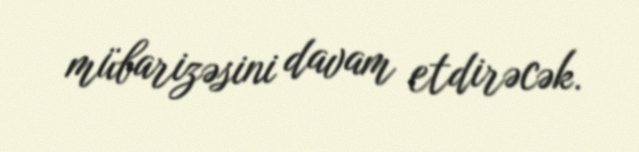
mübarizəsini davam etdirəcək.